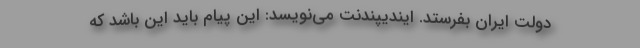
دولت ایران بفرستد. ایندیپندنت می‌نویسد: این پیام باید این باشد که